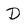
Character: D